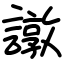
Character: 譈